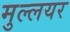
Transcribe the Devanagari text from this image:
मुल्लयर